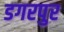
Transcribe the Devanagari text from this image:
डगरपुर